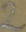
Text: 2